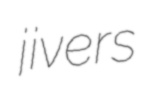
jivers